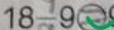
1 8 - 9 \textcircled { = }